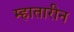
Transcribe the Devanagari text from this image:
म्हातारीन